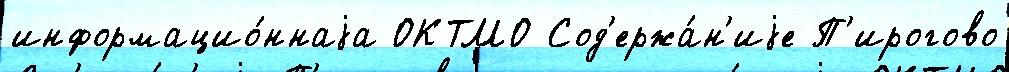
информацио́ннаjа ОКТМО Сод'ержа́н'иjе П'ирогово